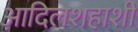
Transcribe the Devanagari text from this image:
आदिलशहाशी